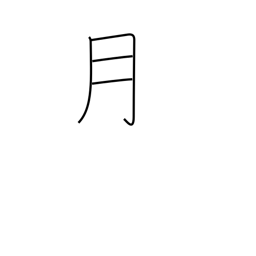
Meaning: month